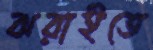
ঝরাইতে